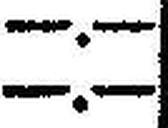
—.—